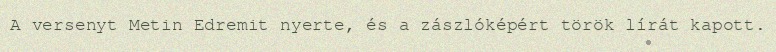
A versenyt Metin Edremit nyerte, és a zászlóképért török lírát kapott.